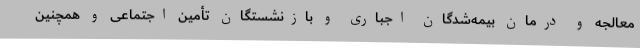
معالجه و درمان بیمه‌شدگان اجباری و بازنشستگان تأمین اجتماعی و همچنین